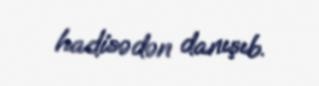
hadisədən danışıb.